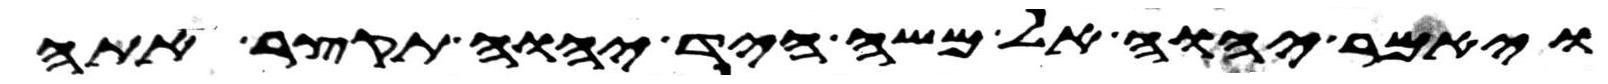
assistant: ויאמר יהוה אל משה היד יהוה תקצר אתה